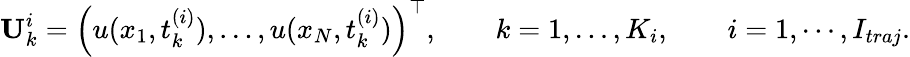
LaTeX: {\mathbf U}_{k}^{i}=\left(u(x_{1},t_{k}^{(i)}),\dots,u(x_{N},t_{k}^{(i)})\right)^{\top},\qquad k=1,\dots,K_{i},\qquad i=1,\cdots,I_{traj}.